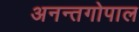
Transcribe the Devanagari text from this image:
अनन्तगोपाल